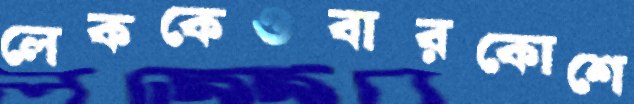
লেককেওবারকোশে